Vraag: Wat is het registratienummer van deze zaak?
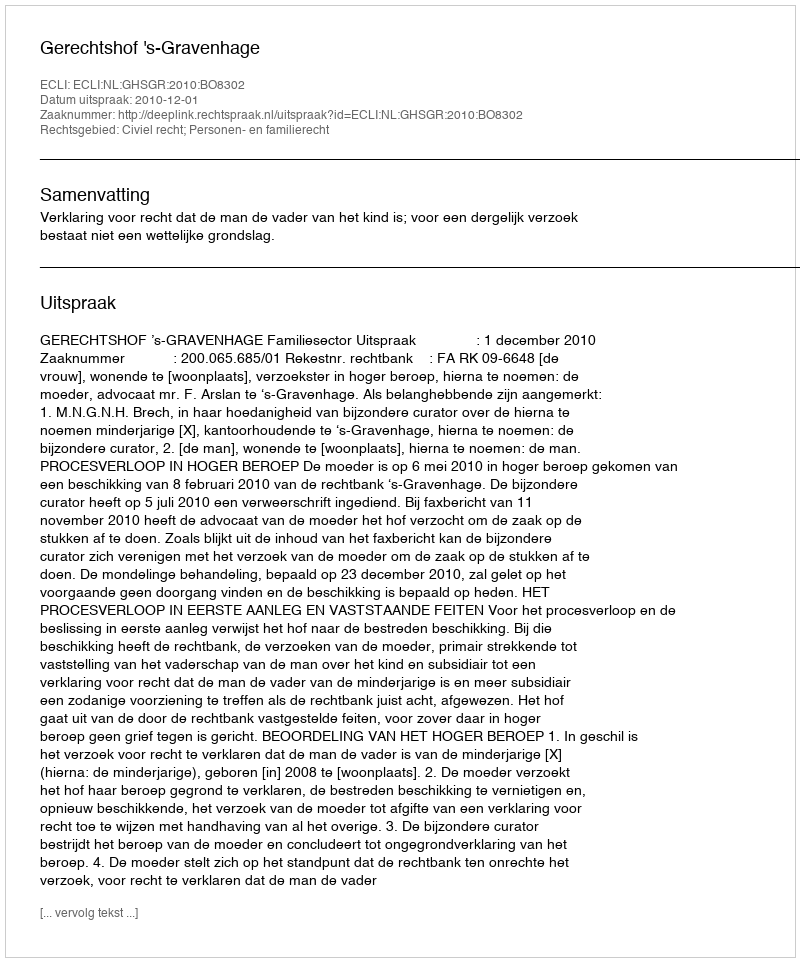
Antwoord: http://deeplink.rechtspraak.nl/uitspraak?id=ECLI:NL:GHSGR:2010:BO8302